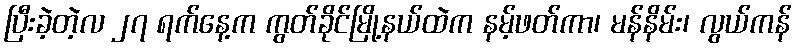
ပြီးခဲ့တဲ့လ ၂၇ ရက်နေ့က ကွတ်ခိုင်မြို့နယ်ထဲက နမ့်ဖတ်ကာ၊ မန်နိမ်း၊ လွယ်ကန်